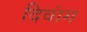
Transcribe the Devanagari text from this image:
दिवांग